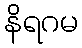
နိရဂမ